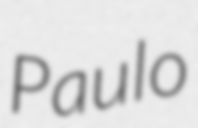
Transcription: Paulo